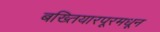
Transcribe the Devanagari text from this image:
बख्तियारपूरमधून